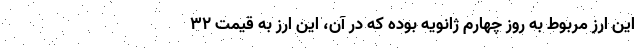
این ارز مربوط به روز چهارم ژانویه بوده که در آن، این ارز به قیمت ۳۲